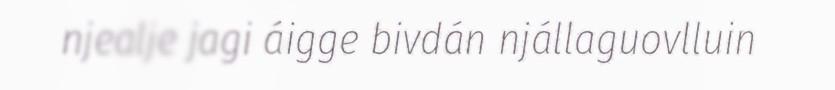
njealje jagi áigge bivdán njállaguovlluin